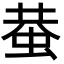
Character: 蛬